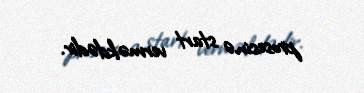
prosesinə start verməkdədir.